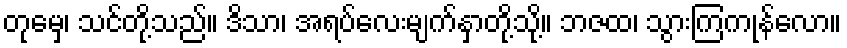
တုမှေ၊ သင်တို့သည်။ ဒိသာ၊ အရပ်လေးမျက်နှာတို့သို့။ ဘဇထ၊ သွားကြကုန်လော။